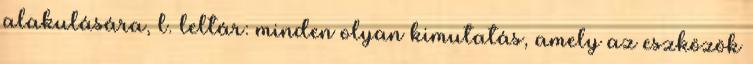
alakulására, l. leltár: minden olyan kimutatás, amely az eszközök